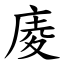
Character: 庱